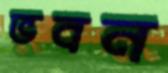
ভবন